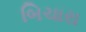
બિચારા